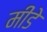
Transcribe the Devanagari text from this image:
मीडे